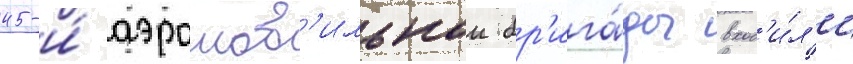
45-и́ аэромоб'ильнои бр'ига́ды вход'и́л'и